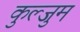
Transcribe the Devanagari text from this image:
कुल्जुम